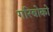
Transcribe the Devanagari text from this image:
गरिबोको